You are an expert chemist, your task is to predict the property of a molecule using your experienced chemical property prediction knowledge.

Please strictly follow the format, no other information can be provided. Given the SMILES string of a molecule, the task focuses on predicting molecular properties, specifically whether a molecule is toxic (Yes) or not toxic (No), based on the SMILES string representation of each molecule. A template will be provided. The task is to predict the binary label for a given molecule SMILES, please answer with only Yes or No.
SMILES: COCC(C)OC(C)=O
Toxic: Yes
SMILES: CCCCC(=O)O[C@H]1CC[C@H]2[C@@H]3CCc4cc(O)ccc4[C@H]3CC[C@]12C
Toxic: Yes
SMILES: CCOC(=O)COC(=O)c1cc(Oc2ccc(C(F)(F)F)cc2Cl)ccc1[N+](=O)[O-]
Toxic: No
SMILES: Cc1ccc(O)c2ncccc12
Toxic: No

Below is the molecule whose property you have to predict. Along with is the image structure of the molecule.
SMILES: O=C(O)c1cc(/N=N/c2ccc(S(=O)(=O)Nc3ccccn3)cc2)ccc1O
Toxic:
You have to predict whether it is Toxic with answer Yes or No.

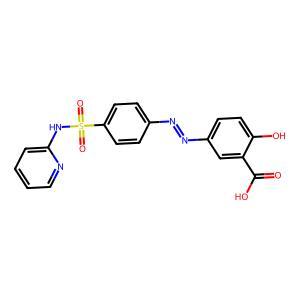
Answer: No